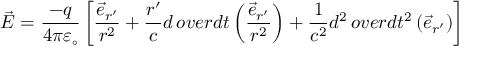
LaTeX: { \vec { E } } = { \frac { - q } { 4 \pi \varepsilon _ { \circ } } } \left[ { \frac { { \vec { e } } _ { r ^ { \prime } } } { r ^ { 2 } } } + { \frac { r ^ { \prime } } { c } } { d \, o v e r d t } \left( { \frac { { \vec { e } } _ { r ^ { \prime } } } { r ^ { 2 } } } \right) + { \frac { 1 } { c ^ { 2 } } } { d ^ { 2 } \, o v e r d t ^ { 2 } } \left( { \vec { e } } _ { r ^ { \prime } } \right) \right]